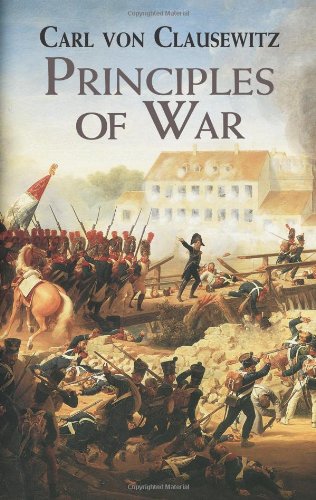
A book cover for Principles of War (Dover Military History, Weapons, Armor); Carl von Clausewitz; History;